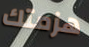
هزمتك